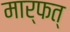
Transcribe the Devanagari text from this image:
मार्फत्‌